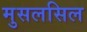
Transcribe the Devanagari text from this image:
मुसलसिल